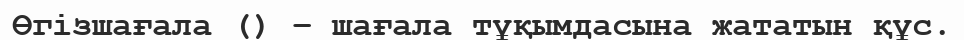
Өгізшағала () – шағала тұқымдасына жататын құс.